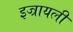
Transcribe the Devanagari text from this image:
इज्रायली